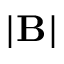
| \mathbf { B } |